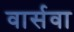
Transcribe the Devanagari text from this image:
वार्सवा